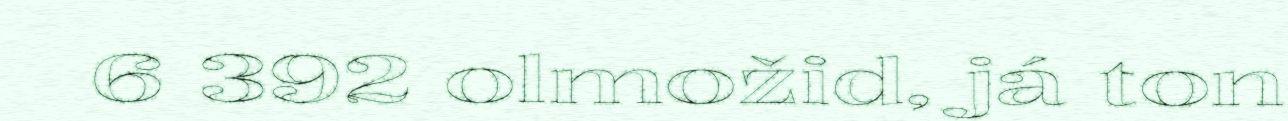
6 392 olmožid, já ton